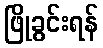
ဖြိုခွင်းရန်